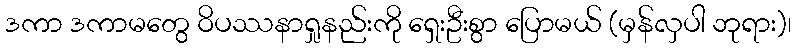
ဒကာ ဒကာမတွေ ဝိပဿနာရှုနည်းကို ရှေးဦးစွာ ပြောမယ် (မှန်လှပါ ဘုရား)၊